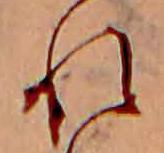
れ